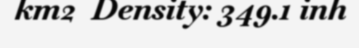
km2  Density: 349.1 inh